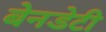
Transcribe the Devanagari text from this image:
बेनडेटी